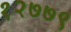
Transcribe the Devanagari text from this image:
१२७७९